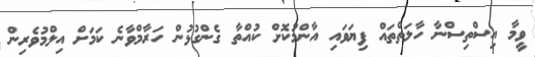
ވީމާ އިސްތިސްނާ ހާލަތްތައް ފިޔަވައި އާންމުކޮށް ކުއްތާ ގެންގުޅުން ހަރާމްވާނެ ކަމަށް އިލްމުވެރިން